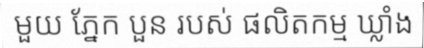
មួយ ភ្នែក បួន របស់ ផលិតកម្ម ឃ្លាំង